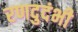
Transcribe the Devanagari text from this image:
रणदुदंभी